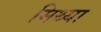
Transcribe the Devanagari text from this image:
मिथ्‍या